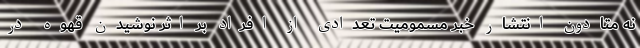
نه متادون انتشار خبر مسمومیت تعدادی از افراد بر اثر نوشیدن قهوه در